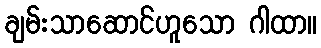
ချမ်းသာဆောင်ဟူသော ဂါထာ။